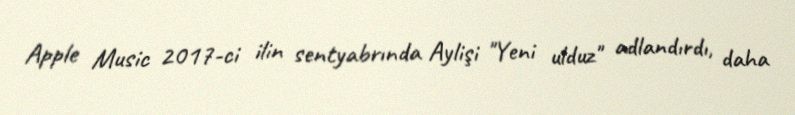
Apple Music 2017-ci ilin sentyabrında Aylişi "Yeni ulduz" adlandırdı, daha